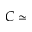
C \simeq